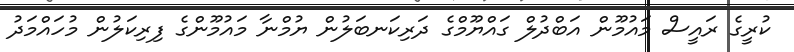
ކުރީގެ ރައީސް މައުމޫން އަބްދުލް ގައްޔޫމްގެ ދަރިކަނބަލުން ޔުމްނާ މައުމޫންގެ ފިރިކަލުން މުހައްމަދު